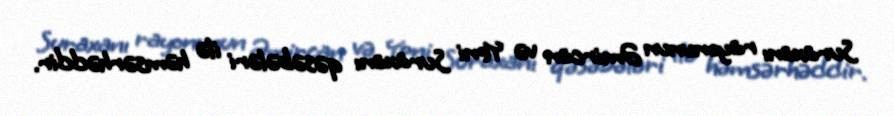
Suraxanı rayonunun Əmircan və Yeni Suraxanı qəsəbələri ilə həmsərhəddir.